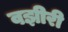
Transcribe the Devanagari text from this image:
वझीरी